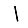
Digit: 1